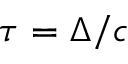
\tau = \Delta / c